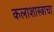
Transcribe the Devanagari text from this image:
कलाशास्त्राचा